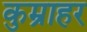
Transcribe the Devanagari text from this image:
कुम्राहर